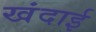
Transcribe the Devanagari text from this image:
खंदाई